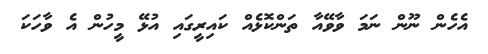
އެހެން ނޫން ނަމަ ވާވޭއާ ތަންކޮޅެއް ކައިރީގައި އުޅޭ މީހުން އެ ވާހަކަ